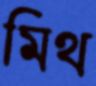
মিথ